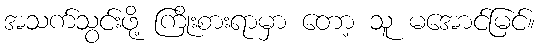
အသက်သွင်းဖို့ ကြိုးစားရာမှာ တော့ သူ မအောင်မြင်။